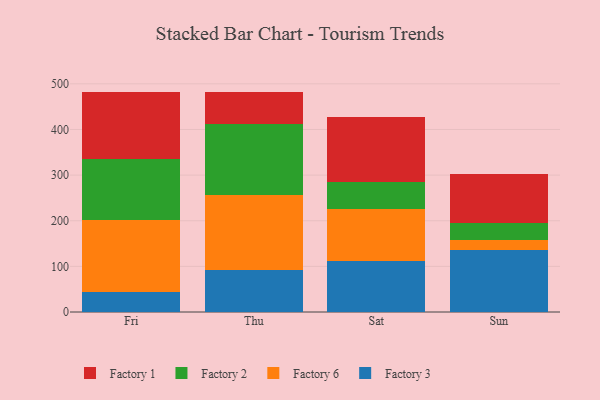
{"axis": {"x": "Day", "y": "Energy Usage (MWh)"}, "legend": ["Factory 1", "Factory 2", "Factory 3", "Factory 6"], "data": [{"x": "Fri", "y": 43.5, "type": "Factory 3"}, {"x": "Fri", "y": 159.1, "type": "Factory 6"}, {"x": "Fri", "y": 133.7, "type": "Factory 2"}, {"x": "Fri", "y": 146.7, "type": "Factory 1"}, {"x": "Thu", "y": 93.1, "type": "Factory 3"}, {"x": "Thu", "y": 164.3, "type": "Factory 6"}, {"x": "Thu", "y": 154.4, "type": "Factory 2"}, {"x": "Thu", "y": 69.3, "type": "Factory 1"}, {"x": "Sat", "y": 112.3, "type": "Factory 3"}, {"x": "Sat", "y": 112.7, "type": "Factory 6"}, {"x": "Sat", "y": 60.9, "type": "Factory 2"}, {"x": "Sat", "y": 140.8, "type": "Factory 1"}, {"x": "Sun", "y": 136.2, "type": "Factory 3"}, {"x": "Sun", "y": 20.9, "type": "Factory 6"}, {"x": "Sun", "y": 38.5, "type": "Factory 2"}, {"x": "Sun", "y": 107.9, "type": "Factory 1"}]}